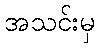
အသင်းမှ